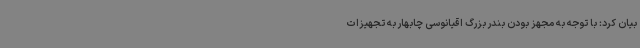
بیان کرد: با توجه به مجهز بودن بندر بزرگ اقیانوسی چابهار به تجهیزات